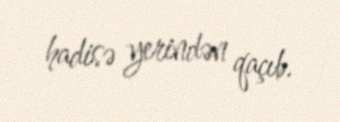
hadisə yerindən qaçıb.